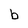
Character: b